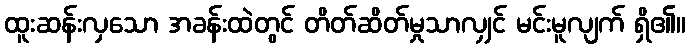
ထူးဆန်းလှသော အခန်းထဲတွင် တိတ်ဆိတ်မှုသာလျှင် မင်းမူလျက် ရှိ၏။